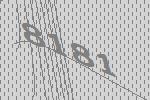
8181